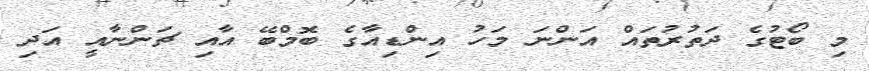
މި ބޯޓުގެ ދަތުރުތައް އަންނަ މަހު އިންޑިއާގެ ބޮމްބޭ އާއި ޗަންނާއީ އަދި